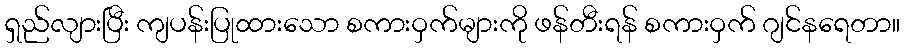
ရှည်လျားပြီး ကျပန်းပြုထားသော စကားဝှက်များကို ဖန်တီးရန် စကားဝှက် ဂျင်နရေတာ။